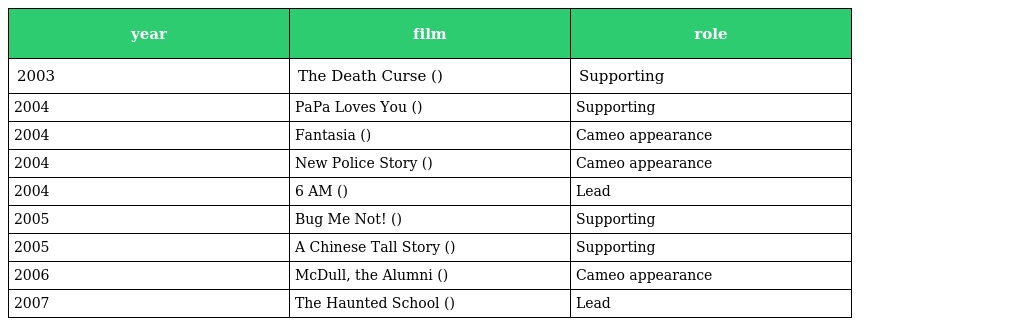
| year | film | role |
 | --- | --- | --- |
 | 2003 | The Death Curse (古宅心慌慌) | Supporting |
 | 2004 | PaPa Loves You (這個亞爸真爆炸) | Supporting |
 | 2004 | Fantasia (鬼馬狂想曲) | Cameo appearance |
 | 2004 | New Police Story (新警察故事) | Cameo appearance |
 | 2004 | 6 AM (大無謂) | Lead |
 | 2005 | Bug Me Not! (蟲不知) | Supporting |
 | 2005 | A Chinese Tall Story (情癲大聖) | Supporting |
 | 2006 | McDull, the Alumni (春田花花同學會) | Cameo appearance |
 | 2007 | The Haunted School (校墓處) | Lead |